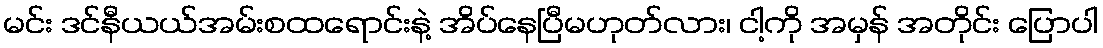
မင်း ဒင်နီယယ်အမ်းစထရောင်းနဲ့ အိပ်နေပြီမဟုတ်လား၊ ငါ့ကို အမှန် အတိုင်း ပြောပါ